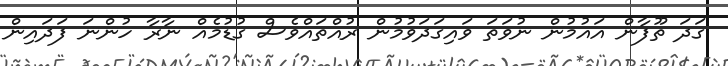
ގަދަ ތޫފާން އައުމުން ނުވަތަ ވައިގަދަވުމުން ރުއްތައްވެސް ގުޑުމެއް ނާރާ ހުންނަ ފަދައިން